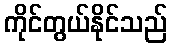
ကိုင်တွယ်နိုင်သည်